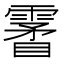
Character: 𩄯